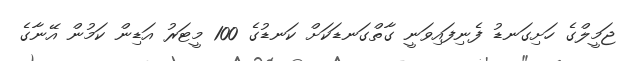
ޖަމީލްގެ ހަށިގަނޑު ފެނިފައިވަނީ ގާތްގަނޑަކަށް ކަނޑުގެ 100 މީޓަރު އަޑިން ކަމުން އޭނާގެ